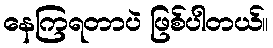
နေကြရတာပဲ ဖြစ်ပါတယ်။